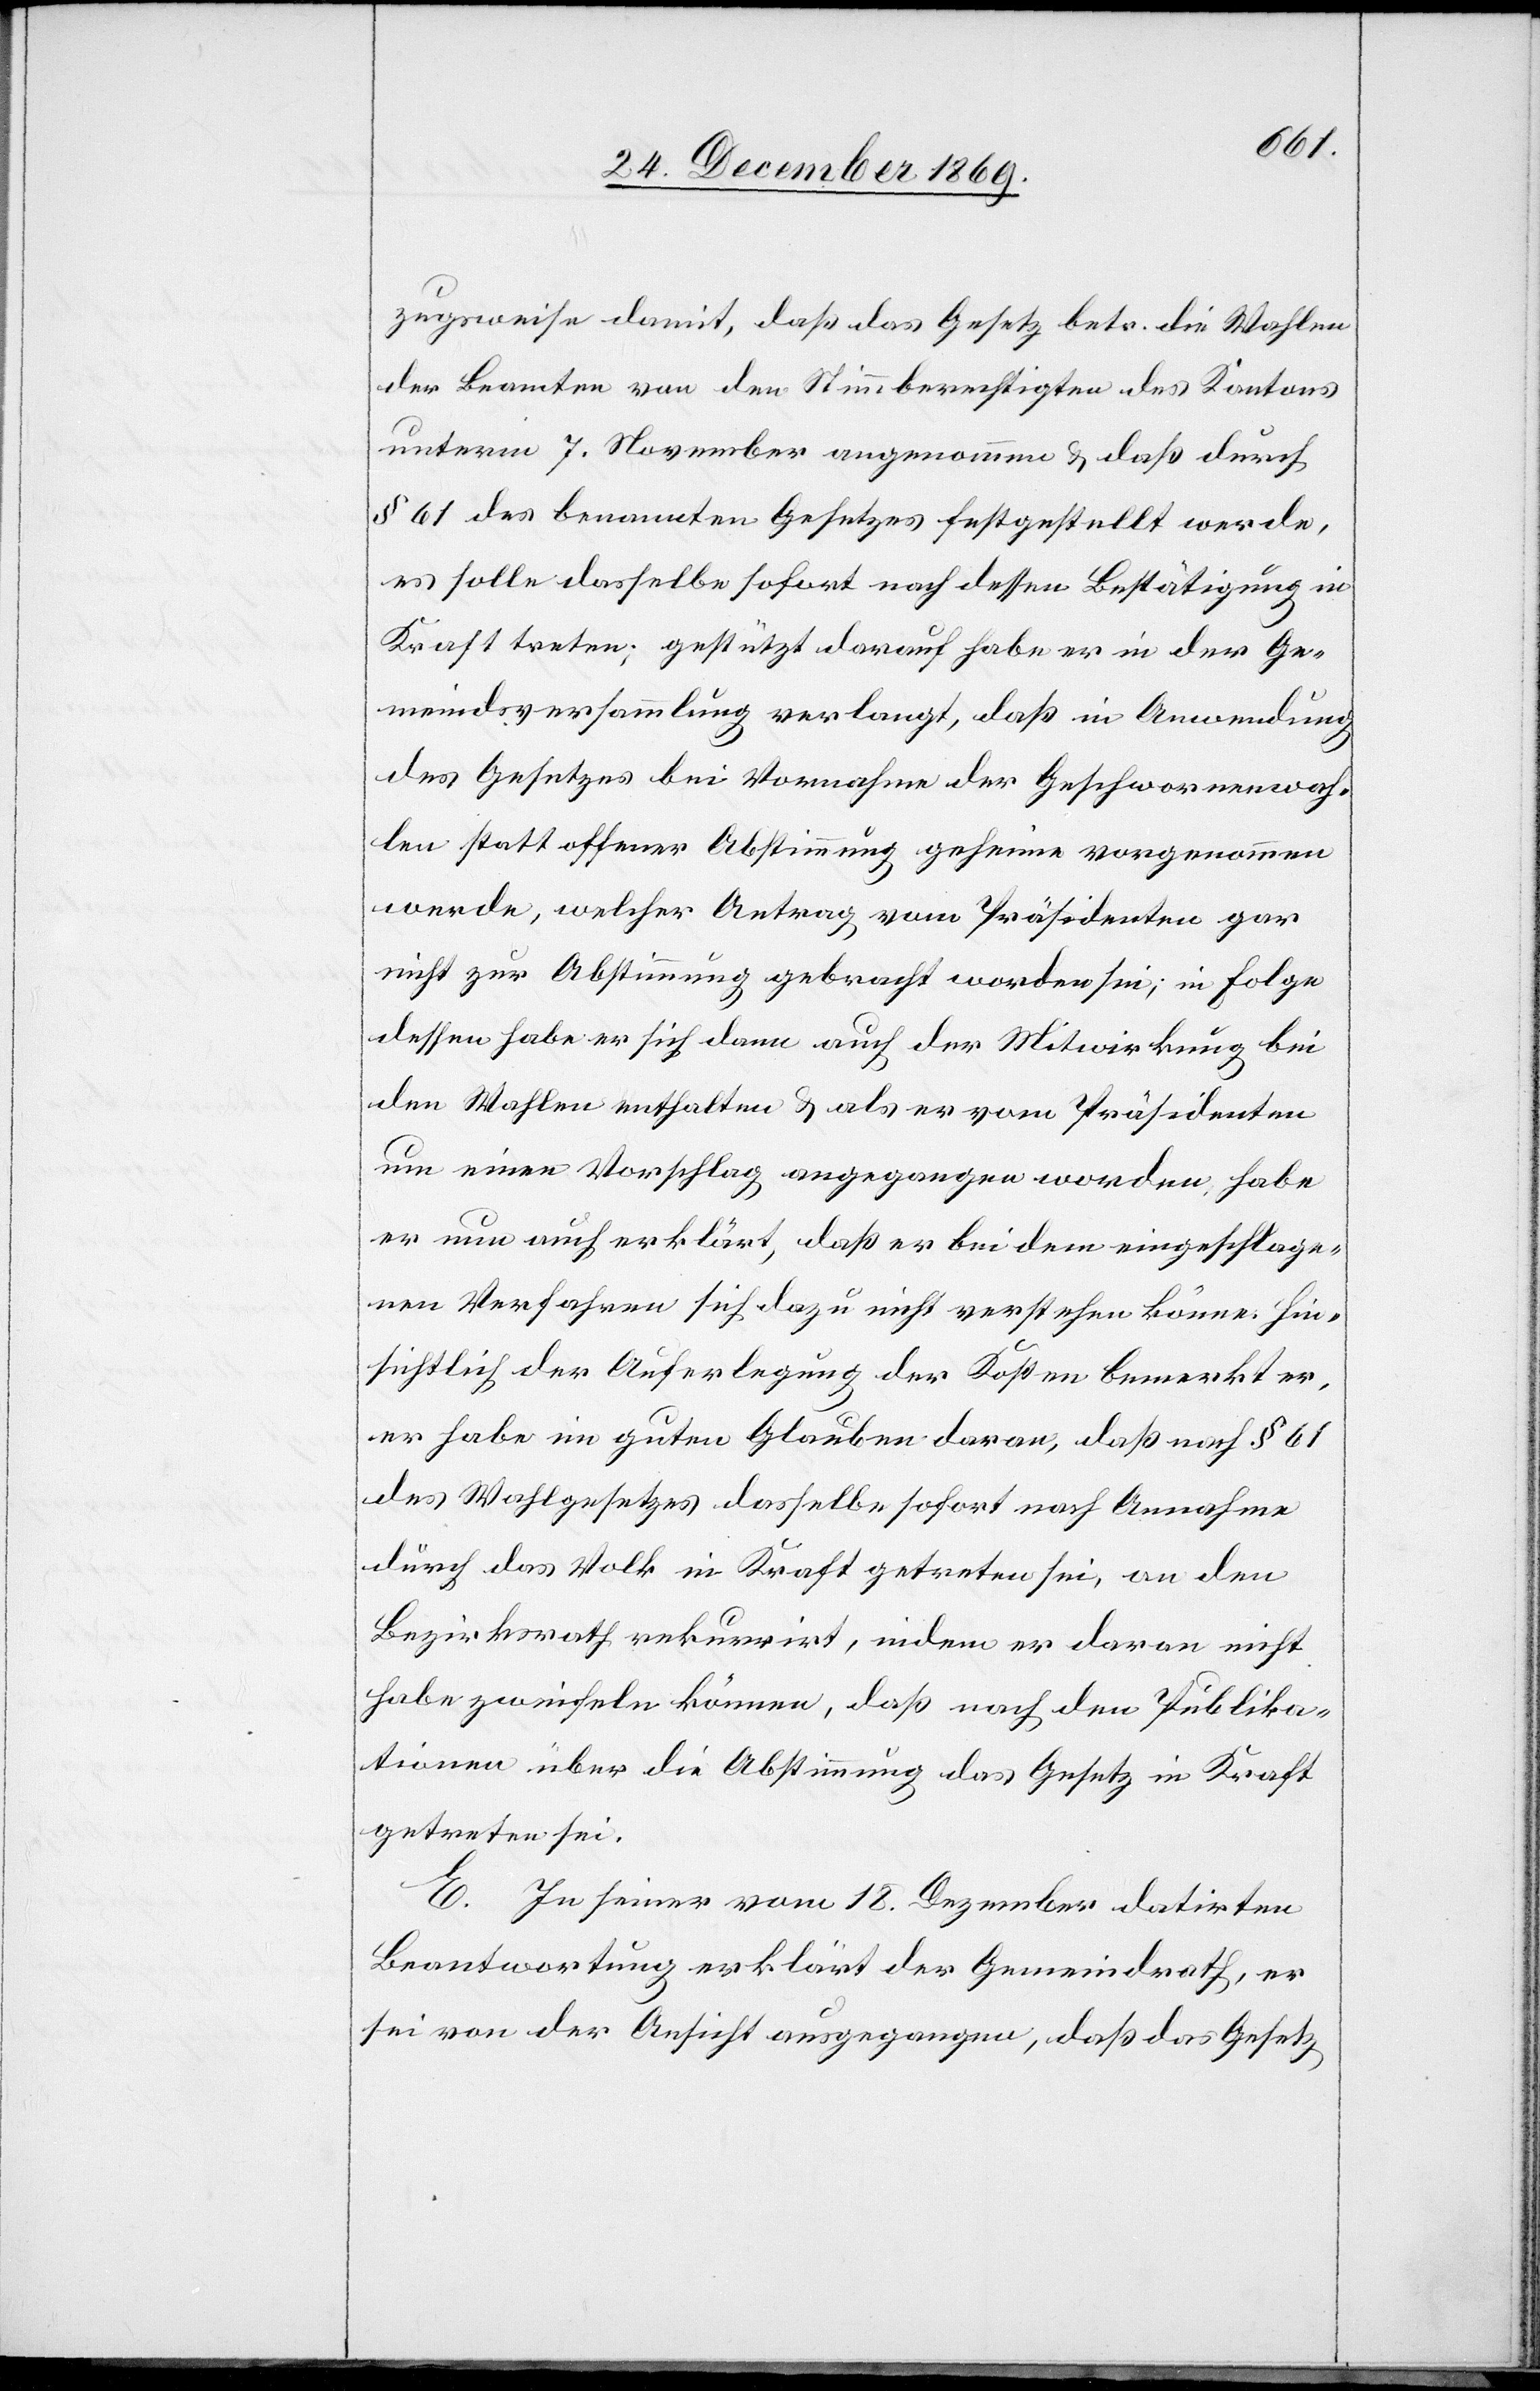
zugsweise damit, daß das Gesetz betr. die Wahlen
der Beamten von den Stimmberechtigten des Kantons
unterm 7. November angenommen & daß durch
§ 61 des benannten Gesetzes festgestellt werde,
es solle dasselbe sofort nach dessen Bestätigung in
Kraft treten; gestützt darauf habe er in der Ge¬
meindsversammlung verlangt, daß in Anwendung
des Gesetzes bei Vornahme der Geschwornenwah¬
len statt offener Abstimmung geheime vorgenommen
werde, welcher Antrag vom Präsidenten gar
nicht zur Abstimmung gebracht worden sei; in Folge
dessen habe er sich dann auch der Mitwirkung bei
den Wahlen enthalten & als er vom Präsidenten
um einen Vorschlag angegangen worden, habe
er nun auch erklärt, daß er bei dem eingeschlage¬
nen Verfahren sich dazu nicht verstehen könne. Hin¬
sichtlich der Auferlegung der Kosten bemerkt er,
er habe im guten Glauben daran, daß nach § 61
des Wahlgesetzes dasselbe sofort nach Annahme
durch das Volk in Kraft getreten sei, an den
Bezirksrath rekurrirt, indem er daran nicht
habe zweifeln können, daß nach den Publika¬
tionen über die Abstimmung das Gesetz in Kraft
getreten sei.
E. In seiner vom 18. Dezember datirten
Beantwortung erklärt der Gemeindrath, er
sei von der Ansicht ausgegangen, daß das Gesetz